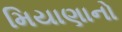
મિયાણાનો